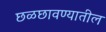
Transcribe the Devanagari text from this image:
छळछावण्यातील